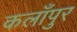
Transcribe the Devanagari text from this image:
कलाँपुर